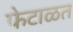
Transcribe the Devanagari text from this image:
फेटाळत